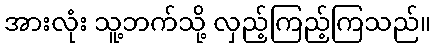
အားလုံး သူ့ဘက်သို့ လှည့်ကြည့်ကြသည်။